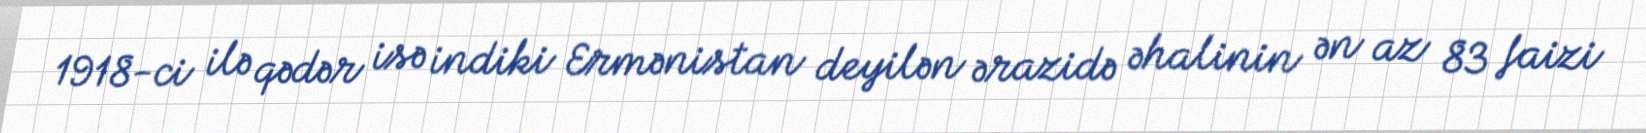
1918-ci ilə qədər isə indiki Ermənistan deyilən ərazidə əhalinin ən az 83 faizi